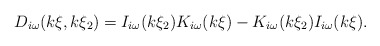
\begin{align*}D_{i\omega }(k\xi ,k\xi _{2})=I_{i\omega }(k\xi _{2})K_{i\omega }(k\xi)-K_{i\omega }(k\xi _{2})I_{i\omega }(k\xi ). \end{align*}